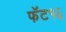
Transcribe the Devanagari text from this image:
फॅट१६